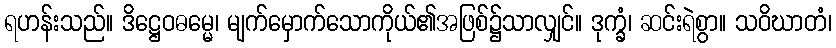
ရဟန်းသည်။ ဒိဋ္ဌေဝဓမ္မေ၊ မျက်မှောက်သောကိုယ်၏အဖြစ်၌သာလျှင်။ ဒုက္ခံ၊ ဆင်းရဲစွာ။ သဝိဃာတံ၊